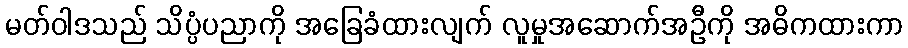
မတ်ဝါဒသည် သိပ္ပံပညာကို အခြေခံထားလျက် လူမှုအဆောက်အဦကို အဓိကထားကာ